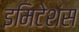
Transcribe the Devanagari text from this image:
इमिटेशंस